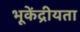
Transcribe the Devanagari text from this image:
भूकेंद्रीयता